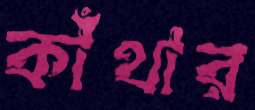
কাঁথার